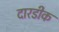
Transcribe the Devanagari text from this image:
दारडीक